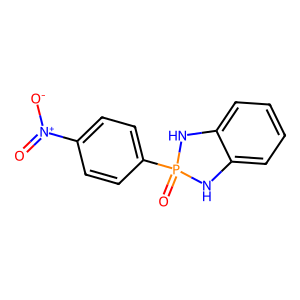
SMILES: O=[N+]([O-])c1ccc(P2(=O)Nc3ccccc3N2)cc1
Inhibits HIV replication: No